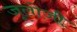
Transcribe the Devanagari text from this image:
जूलोजी